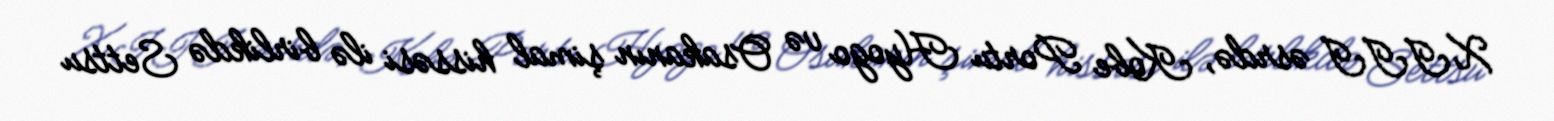
XIII əsrdə, Kobe Portu Hyogo və Osakanın şimal hissəsi ilə birlikdə Settsu